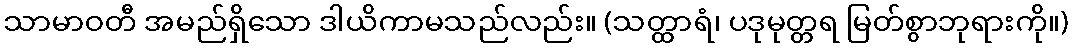
သာမာဝတီ အမည်ရှိသော ဒါယိကာမသည်လည်း။ (သတ္ထာရံ၊ ပဒုမုတ္တရ မြတ်စွာဘုရားကို။)